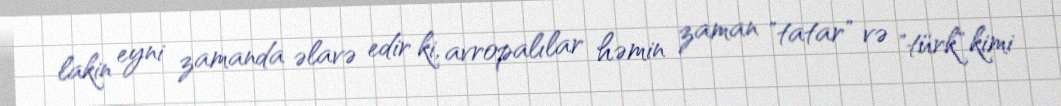
lakin eyni zamanda əlavə edir ki, avropalılar həmin zaman "tatar" və "türk" kimi